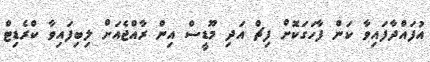
އުފައްދާފައިވާ ކަން ފާހަގަކޮށް ފިޗް އަދި މޫޑީސް އިން ރާއްޖެއަށް ލިބިފައިވާ ކްރެޑިޓް